Annual report of the Civil Veterinary Department, Bengal, and of the Bengal Veterinary College for the year 1905-1906 - 1905-1906
Year: 1905
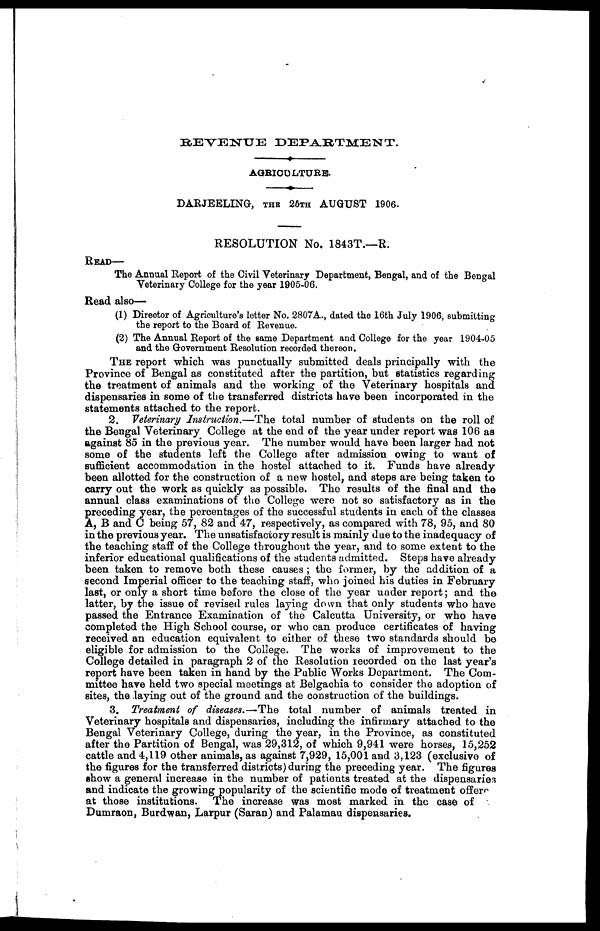
REVENUE DEPARTMENT.
AGRICULTURE.
DARJEELING, THE 26TH AUGUST 1906.
RESOLUTION No. 1843T.-R.
READ—
The Annual Report of the Civil Veterinary Department, Bengal, and of the Bengal
Veterinary College for the year 1905-06.
Read also—
(1) Director of Agriculture's letter No. 2807A., dated the 16th July 1906, submitting
the report to the Board of Revenue.
(2) The Annual Report of the same Department and College for the year 1904-05
and the Government Resolution recorded thereon.
THE report which was punctually submitted deals principally with the
Province of Bengal as constituted after the partition, but statistics regarding
the treatment of animals and the working of the Veterinary hospitals and
dispensaries in some of the transferred districts have been incorporated in the
statements attached to the report.
2. Veterinary Instruction.—The total number of students on the roll of
the Bengal Veterinary College at the end of the year under report was 106 as
against 85 in the previous year. The number would have been larger had not
some of the students left the College after admission owing to want of
sufficient accommodation in the hostel attached to it. Funds have already
been allotted for the construction of a new hostel, and steps are being taken to
carry out the work as quickly as possible. The results of the final and the
annual class examinations of the College were not so satisfactory as in the
preceding year, the percentages of the successful students in each of the classes
A, B and C being 57, 82 and 47, respectively, as compared with 78, 95, and 80
in the previous year. The unsatisfactory result is mainly due to the inadequacy of
the teaching staff of the College throughout the year, and to some extent to the
inferior educational qualifications of the students admitted. Steps have already
been taken to remove both these causes; the former, by the addition of a
second Imperial officer to the teaching staff, who joined his duties in February
last, or only a short time before the close of the year under report; and the
latter, by the issue of revised rules laying down that only students who have
passed the Entrance Examination of the Calcutta University, or who have
completed the High School course, or who can produce certificates of having
received an education equivalent to either of these two standards should be
eligible for admission to the College. The works of improvement to the
College detailed in paragraph 2 of the Resolution recorded on the last year's
report have been taken in hand by the Public Works Department. The Com-
mittee have held two special meetings at Belgachia to consider the adoption of
sites, the laying out of the ground and the construction of the buildings.
3. Treatment of diseases.—The total number of animals treated in
Veterinary hospitals and dispensaries, including the infirmary attached to the
Bengal Veterinary College, during the year, in the Province, as constituted
after the Partition of Bengal, was 29,312, of which 9,941 were horses, 15,252
cattle and 4,119 other animals, as against 7,929, 15,001 and 3,123 (exclusive of
the figures for the transferred districts) during the preceding year. The figures
show a general increase in the number of patients treated at the dispensaries
and indicate the growing popularity of the scientific mode of treatment offers
at those institutions. The increase was most marked in the case of
Dumraon, Burdwan, Larpur (Saran) and Palamau dispensaries.